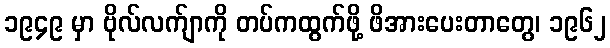
၁၉၄၉ မှာ ဗိုလ်လက်ျာကို တပ်ကထွက်ဖို့ ဖိအားပေးတာတွေ၊ ၁၉၆၂